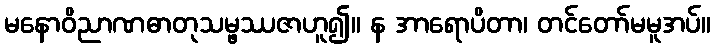
မနောဝိညာဏဓာတုသမ္ဖဿဇာဟူ၍။ န အာရောပိတာ၊ တင်တော်မမူအပ်။